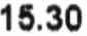
15.30